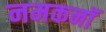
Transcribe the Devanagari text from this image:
नमकनॉ